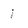
Character: 1